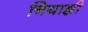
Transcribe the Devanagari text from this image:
नियाझी